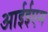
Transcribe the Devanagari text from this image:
आईईएम